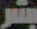
بشر